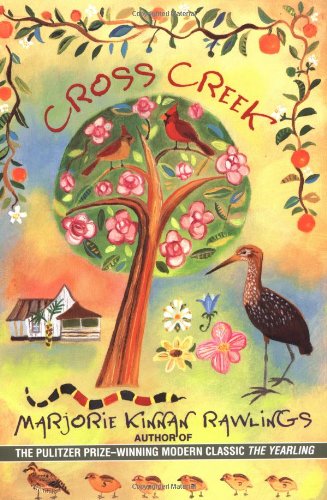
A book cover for Cross Creek; Marjorie Kinnan Rawlings; Biographies & Memoirs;